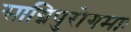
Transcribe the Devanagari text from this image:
साग्निपुरोगमाः